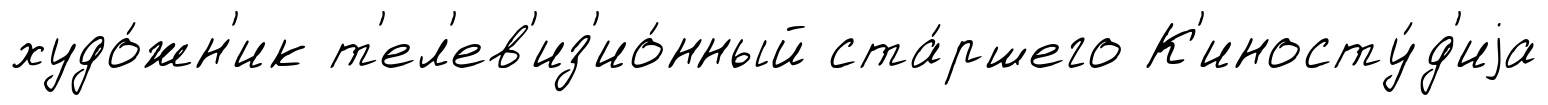
худо́жн'ик т'ел'ев'из'ио́нный ста́ршего К'иносту́д'иjа